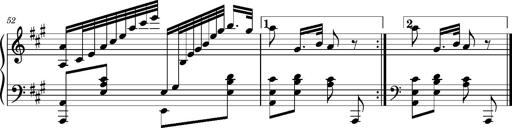
Title: Ungarischer Romanzero
Composer: Franz Liszt